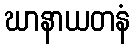
ဃာနာယတနံ